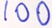
1 0 0